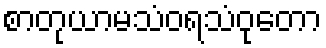
စာတုယာမသံဝရသံဝုတော